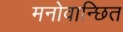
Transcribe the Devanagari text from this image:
मनोवान्छित